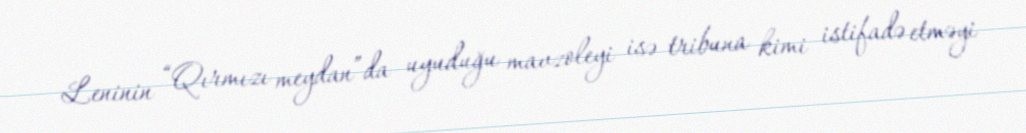
Leninin “Qırmızı meydan”da uyuduğu mavzoleyi isə tribuna kimi istifadə etməyi